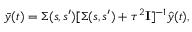
\bar { y } ( t ) = \Sigma ( s , s ^ { \prime } ) [ \Sigma ( s , s ^ { \prime } ) + \tau ^ { 2 } \mathbf { I } ] ^ { - 1 } \hat { y } ( t ) ,